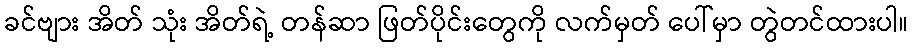
ခင်ဗျား အိတ် သုံး အိတ်ရဲ့ တန်ဆာ ဖြတ်ပိုင်းတွေကို လက်မှတ် ပေါ်မှာ တွဲတင်ထားပါ။